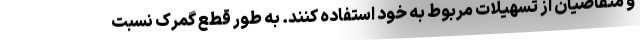
و متقاضیان از تسهیلات مربوط به خود استفاده کنند. به طور قطع گمرک نسبت